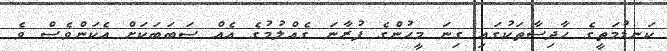
ކަނޑުމަތީގެ ހާދިސާތަކުގައި ގިނަ މީހުންގެ ފުރާނަ ގެއްލުމުގެ އެއް ސަބަބަކަށް އެކަންވެސް ވެ